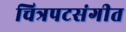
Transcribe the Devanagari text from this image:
चित्रपटसंगीत